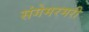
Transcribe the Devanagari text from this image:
संगेमरमरी